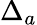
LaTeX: \Delta_{a}